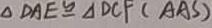
\Delta D A E \cong \Delta D C F ( A S S )